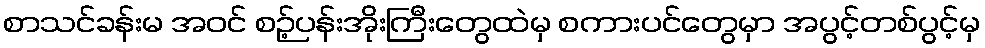
စာသင်ခန်းမ အဝင် စဉ့်ပန်းအိုးကြီးတွေထဲမှ စကားပင်တွေမှာ အပွင့်တစ်ပွင့်မှ